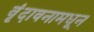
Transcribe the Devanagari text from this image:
वृंदावनामधून